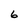
Character: 6